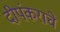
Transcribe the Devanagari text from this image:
दीपंकराचे